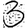
Digit: 3